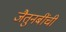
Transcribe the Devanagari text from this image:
जैतुनबींची